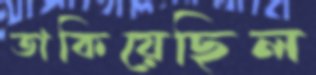
তাকিয়েছিল